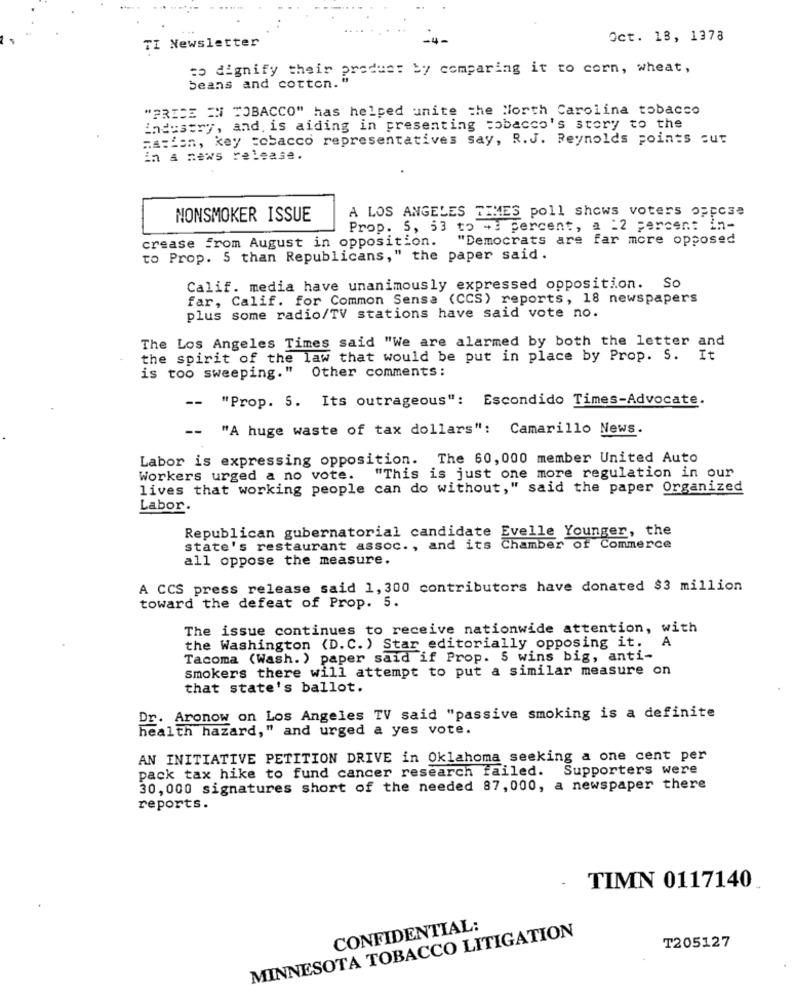
Oct. 18, 1378
TI Newsletter
to dignify their produes by comparing it to corn, wheat,
beans and cotton. "
"PRICE IN TOBACCO" has helped unite the North Carolina tobacco
industry, and. is aiding in presenting tobacco's story to the
maHien, key tobacco representatives say, R.J. Reynolds points cut
in & news release.
A LOS ANGELES TIMES poll shows voters oppose
NONSMOKER ISSUE
Prop. 5, 53 to +3 percent, a =2 percent in-
crease from August in opposition. "Democrats are far more opposed
to Prop. 5 than Republicans," the paper said.
Calif. media have unanimously expressed opposition. So
far, Calif. for Common Sense (CCS) reports, 18 newspapers
plus some radio/TV stations have said vote no.
The Los Angeles Times said "We are alarmed by both the letter and
the spirit of the law that would be put in place by Prop. S. It
Other comments:
is too sweeping."
"Prop. 5. Its outrageous": Escondido Times-Advocate.
--
-- "A huge waste of tax dollars": Camarillo News.
Labor is expressing opposition. The 60,000 member United Auto
Workers urged a no vote.
"This is just one more regulation in our
lives that working people can do without," said the paper Organized
Labor.
Republican gubernatorial candidate Evelle Younger, the
state's restaurant assoc ., and its Chamber of Commerce
all oppose the measure.
A CCS press release said 1,300 contributors have donated $3 million
toward the defeat of Prop. 5.
The issue continues to receive nationwide attention, with
the Washington (D. C. ) Star editorially opposing it. A
Tacoma (Wash. ) paper said if Prop. 5 wins big, anti-
smokers there will attempt to put a similar measure on
that state's ballot.
Dr. Aronow on Los Angeles TV said "passive smoking is a definite
health hazard," and urged a yes vote.
AN INITIATIVE PETITION DRIVE in Oklahoma seeking a one cent per
pack tax hike to fund cancer research failed. Supporters were
30, 000 signatures short of the needed 87, 000, a newspaper there
reports.
TIMN 0117140.
CONFIDENTIAL:
MINNESOTA TOBACCO LITIGATION
T205127